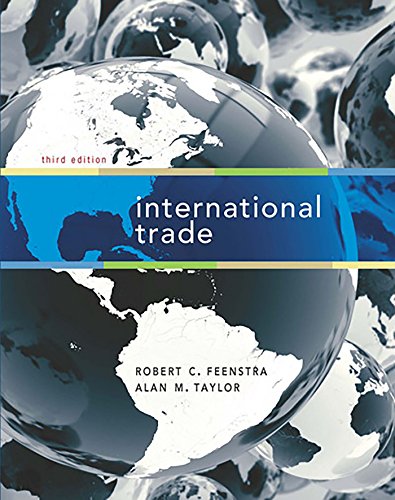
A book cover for International Trade; Robert C. Feenstra; Business & Money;